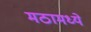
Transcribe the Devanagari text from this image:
मठामध्ये